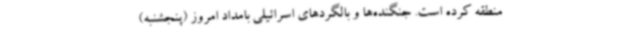
منطقه کرده است. جنگنده‌ها و بالگردهای اسرائیلی بامداد امروز (پنجشنبه)